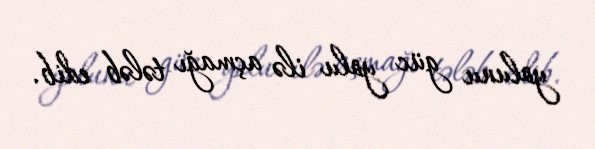
yolunu güc yolu ilə açmağı tələb edib.